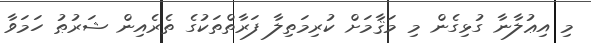
މި އިޢުލާނާ ގުޅިގެން މި މަޤާމަށް ކުރިމަތިލާ ފަރާތްތަކުގެ ތެރެއިން ޝަރުޠު ހަމަވާ